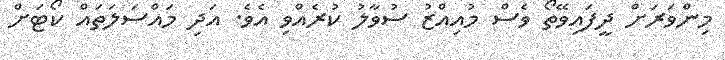
މިންވަރަށް ދީފައިވޭތޯ ވެސް މުއިއްޒު ސުވާލު ކުރެއްވި އެވެ. އަދި މައްސަލަތައް ކޯޓަށް